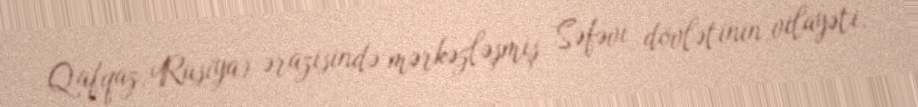
Qafqaz, Rusiya) ərazisində mərkəzləşmiş Səfəvi dövlətinin vilayəti.